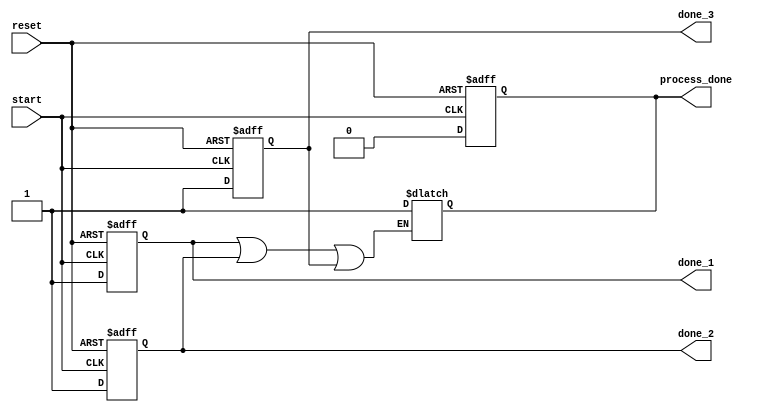
module ForkJoinAny (
    input wire start,
    input wire reset,
    output reg done_1,
    output reg done_2,
    output reg done_3,
    output reg process_done // Signal to indicate that at least one process is done
);

    // Internal signals
    reg [1:0] state; // State variable for process tracking
    parameter IDLE = 2'b00, EXECUTING = 2'b01, DONE = 2'b10;

    // Task definitions to simulate concurrent processes
    task process_one;
        begin
            #50; // Simulate task execution time
            done_1 = 1'b1; // Signal completion
        end
    endtask

    task process_two;
        begin
            #30; // Simulate task execution time
            done_2 = 1'b1; // Signal completion
        end
    endtask

    task process_three;
        begin
            #40; // Simulate task execution time
            done_3 = 1'b1; // Signal completion
        end
    endtask

    // Main logic
    always @(posedge start or posedge reset) begin
        if (reset) begin
            // Reset state and done signals
            done_1 = 1'b0;
            done_2 = 1'b0;
            done_3 = 1'b0;
            process_done = 1'b0;
            state = IDLE;
        end else begin
            // Begin executing processes
            state = EXECUTING;
            done_1 = 1'b0;
            done_2 = 1'b0;
            done_3 = 1'b0;
            process_done = 1'b0;

            // Forking the tasks (simulated through concurrent execution)
            process_one();
            process_two();
            process_three();
        end
    end

    // Monitor completion of processes
    always @(done_1 or done_2 or done_3) begin
        if (done_1 || done_2 || done_3) begin
            process_done = 1'b1; // At least one process is done
            state = DONE; // Transition to done state
        end
    end

endmodule